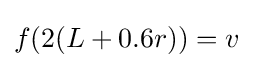
{f(2(L+0.6r))}=v